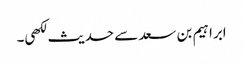
ابراہیم بن سعد سے حدیث لکھی۔